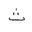
Letter: _tha